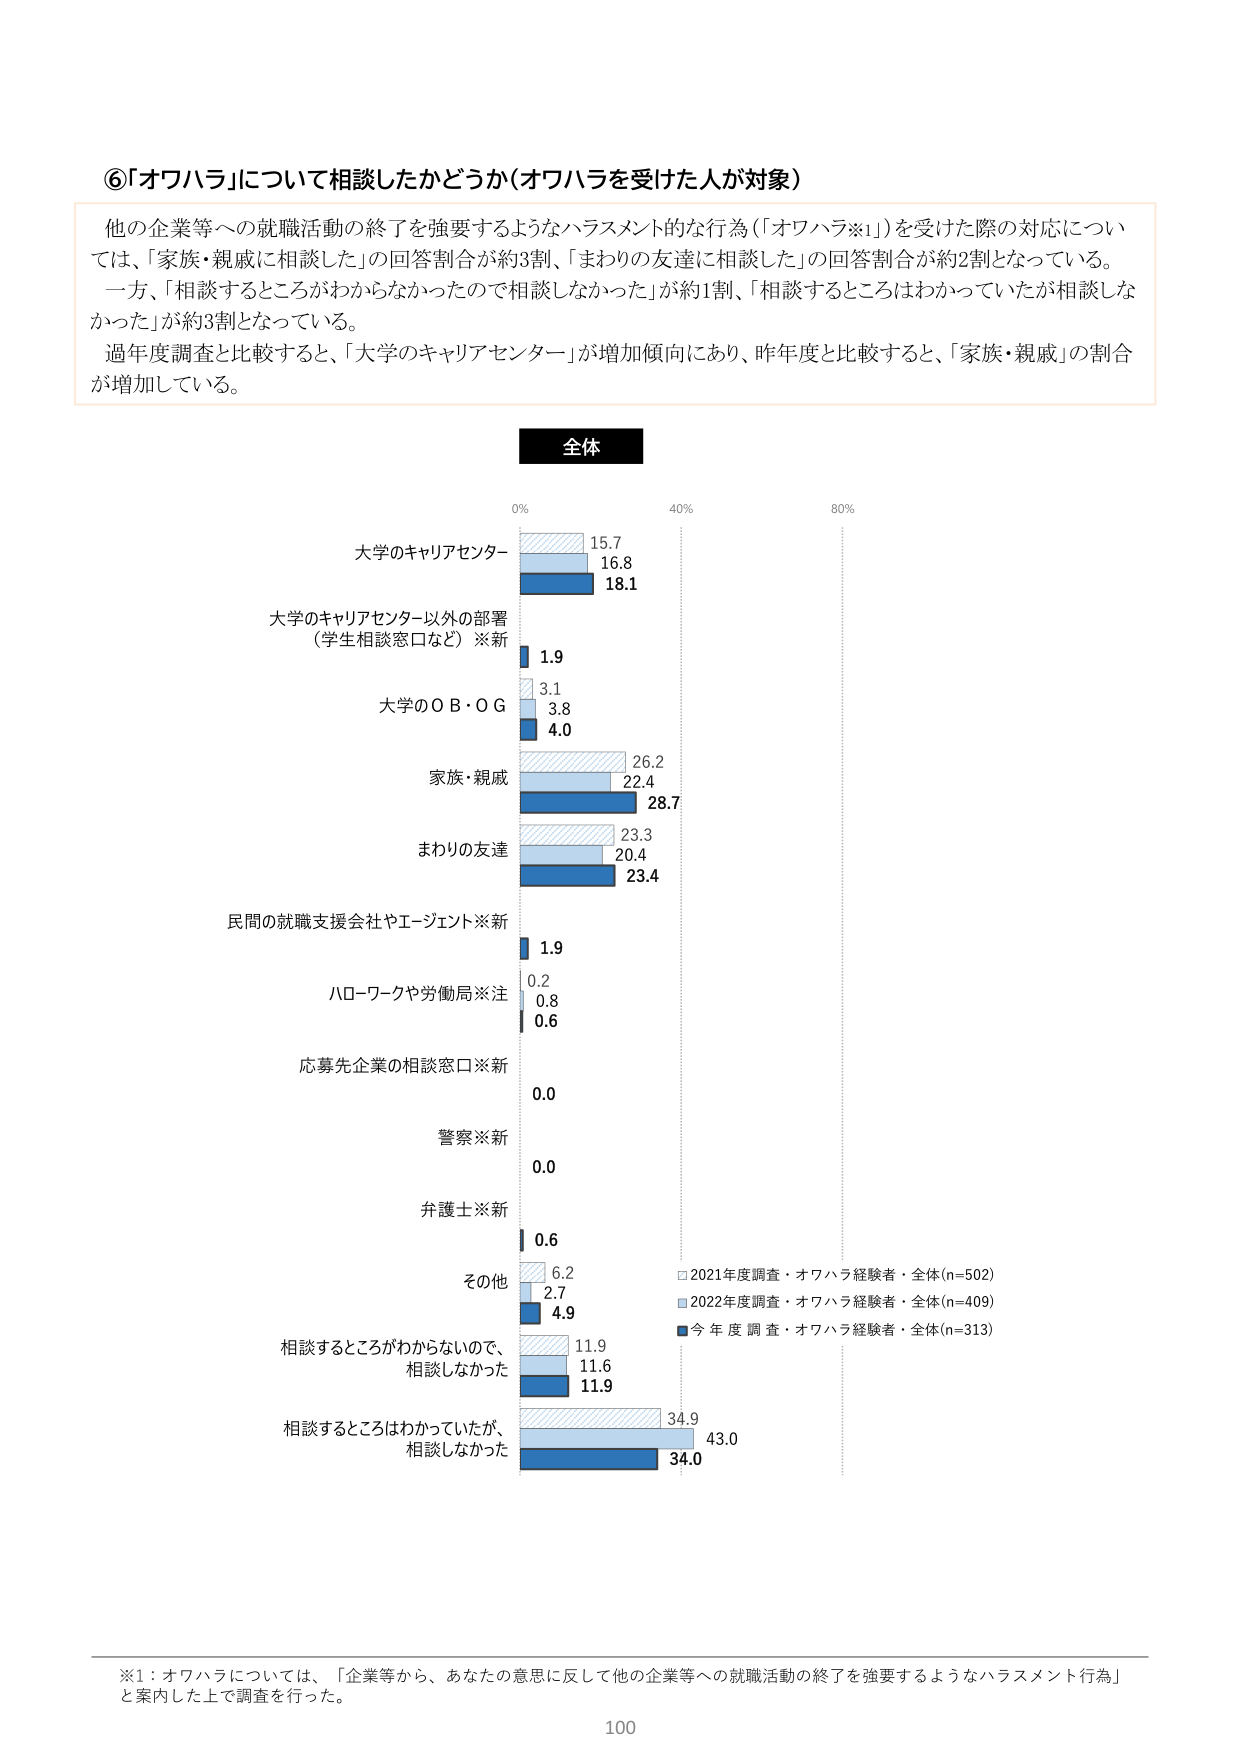
⑥「オワハラ」について相談したかどうか（オワハラを受けた人が対象）

他の企業等への就職活動の終了を強要するようなハラスメント的な行為（「オワハラ※1」）を受けた際の対応については、「家族・親戚に相談した」の回答割合が約3割、「まわりの友達に相談した」の回答割合が約2割となっている。一方、「相談するところがわからなかったので相談しなかった」が約1割、「相談するところはわかっていたが相談しなかった」が約3割となっている。

過年度調査と比較すると、「大学のキャリアセンター」が増加傾向にあり、昨年度と比較すると、「家族・親戚」の割合が増加している。

全体

0% 40% 80%

大学のキャリアセンター
15.7
16.8
18.1

大学のキャリアセンター以外の部署
（学生相談窓口など）※新
1.9
3.1
3.8
4.0

大学のＯＢ・ＯＧ

家族・親戚
26.2
22.4
28.7

まわりの友達
23.3
20.4
23.4

民間の就職支援会社やエージェント※新
1.9

ハローワークや労働局※注
0.2
0.8
0.6

応募先企業の相談窓口※新
0.0

警察※新
0.0

弁護士※新
0.6

その他
6.2
2.7
4.9

相談するところがわからないので、
相談しなかった
11.9
11.6
11.9

相談するところはわかっていたが、
相談しなかった
34.9
43.0
34.0

□ 2021年度調査・オワハラ経験者・全体(n=502)
■ 2022年度調査・オワハラ経験者・全体(n=409)
■ 今年度調査・オワハラ経験者・全体(n=313)

※1：オワハラについては、「企業等から、あなたの意思に反して他の企業等への就職活動の終了を強要するようなハラスメント行為」と案内した上で調査を行った。

100